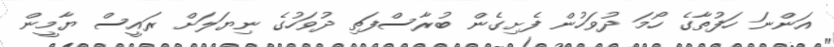
އަންނަ ހަފުތާގެ ހޯމަ ދުވަހުން ފެށިގެން ބުރާސްފަތި ދުވަހުގެ ނިޔަލަށް ރައީސް ޔާމީން